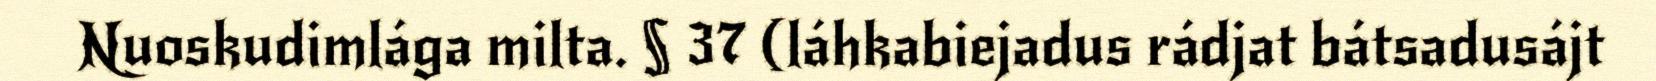
Nuoskudimlága milta. § 37 (láhkabiejadus rádjat bátsadusájt